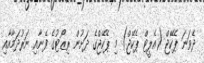
ދެވަނަ ޕެކޭޖް (އެލީޓް ޕެކޭޖް) މި ޕެކޭޖްގެ ދަށުން ރިޒޯޓުގެ ފެނާއި ނަރުދަމާއާއި